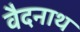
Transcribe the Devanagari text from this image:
वैदनाथ